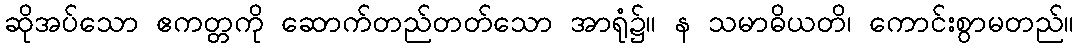
ဆိုအပ်သော ဧကတ္တကို ဆောက်တည်တတ်သော အာရုံ၌။ န သမာဓိယတိ၊ ကောင်းစွာမတည်။